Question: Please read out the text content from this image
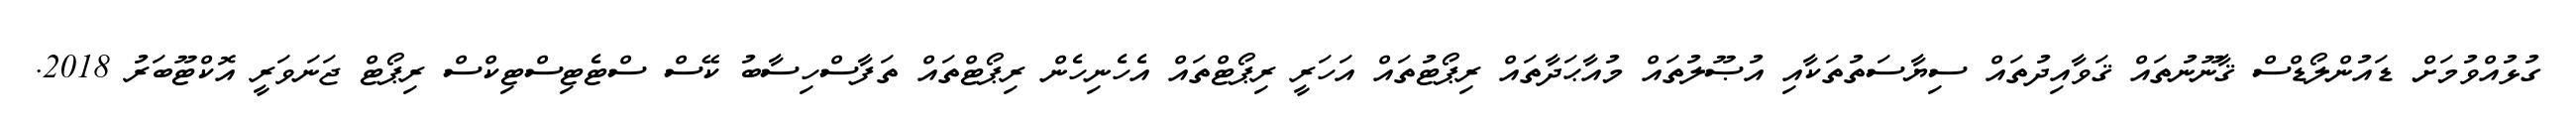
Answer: ގުޅުއްވުމަށް ޑައުންލޯޑްސް ޤާނޫނުތައް ޤަވާއިދުތައް ސިޔާސަތުތަކާއި އުޞޫލުތައް މުއާޙަދާތައް ރިޕޯޓުތައް އަހަރީ ރިޕޯޓްތައް އެހެނިހެން ރިޕޯޓްތައް ތަފާސްހިސާބު ކޭސް ސްޓެޓިސްޓިކްސް ރިޕޯޓް ޖަނަވަރީ އޮކްޓޫބަރު 2018.